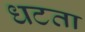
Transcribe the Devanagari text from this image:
धटता